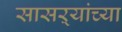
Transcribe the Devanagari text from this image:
सासऱ्यांच्या